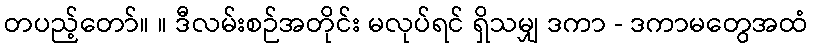
တပည့်တော်။ ။ ဒီလမ်းစဉ်အတိုင်း မလုပ်ရင် ရှိသမျှ ဒကာ - ဒကာမတွေအထံ